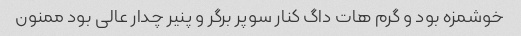
خوشمزه بود و گرم هات داگ کنار سوپر برگر و پنیر چدار عالی بود ممنون